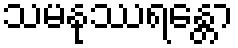
သမနုဿရန္တော